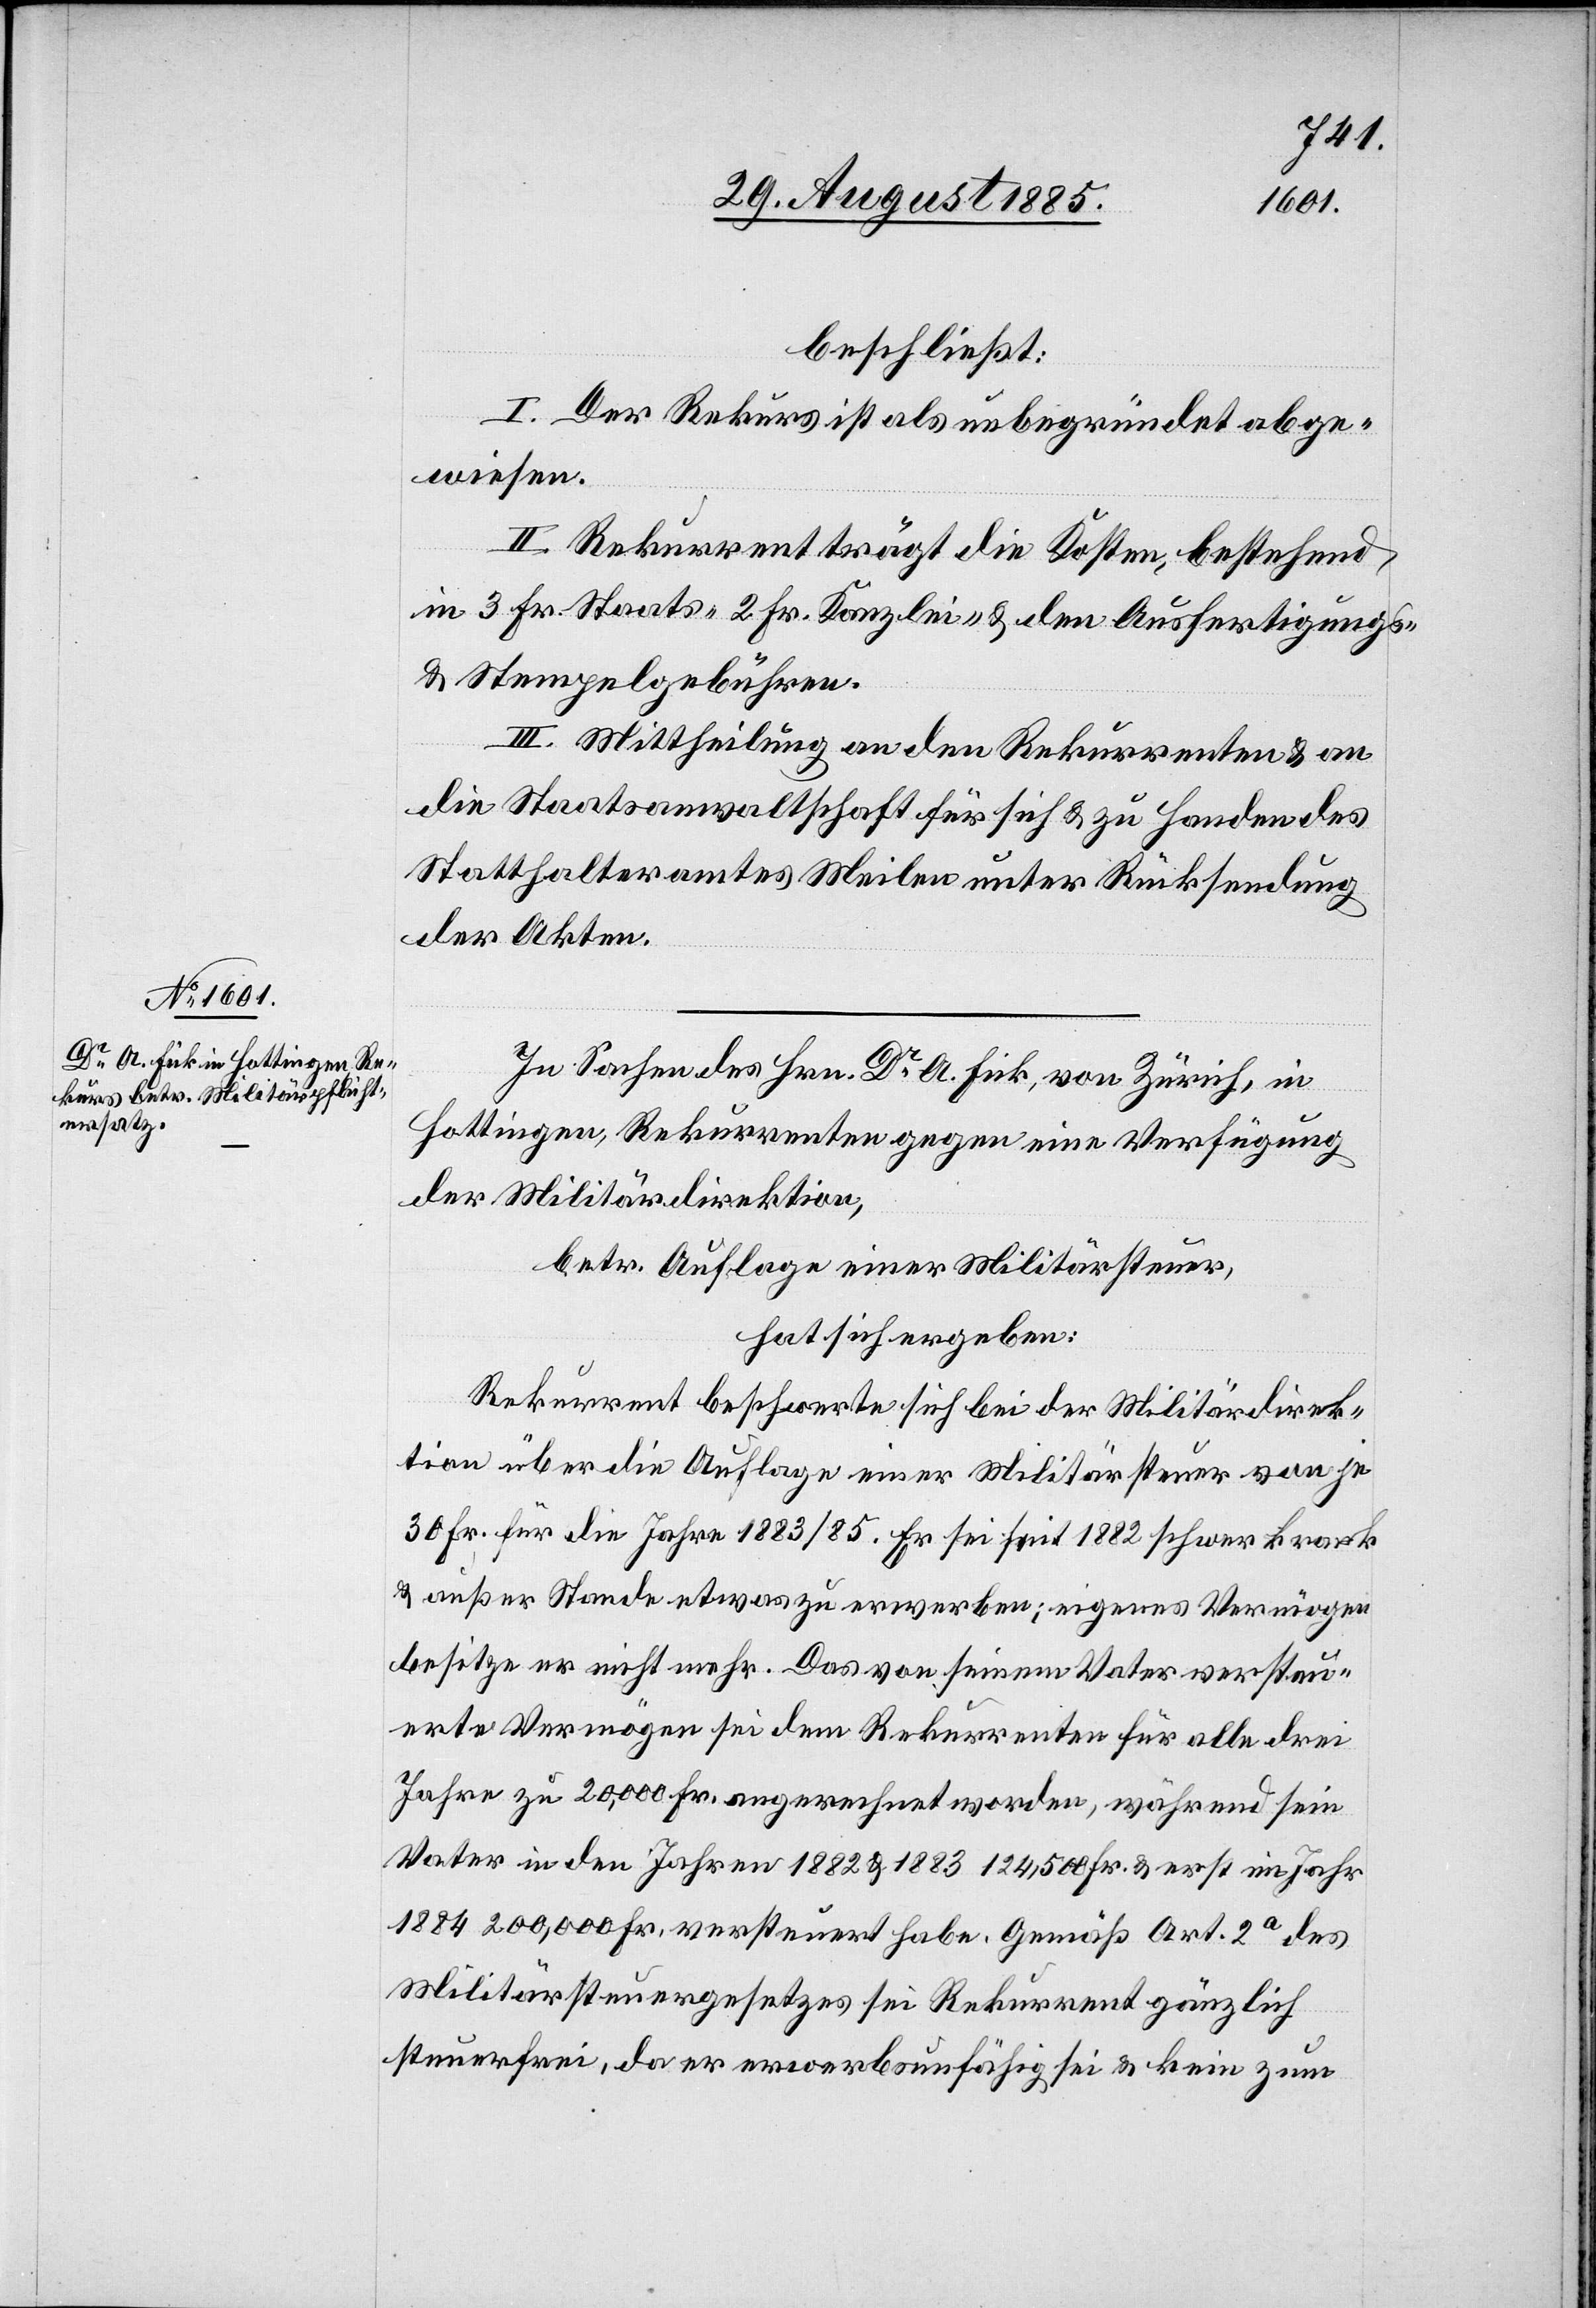
beschließt:
I. Der Rekurs ist als unbegründet abge¬
wiesen.
II. Rekurrent trägt die Kosten, bestehend
in 3 Fr. Staats-[,] 2 Fr. Kanzlei- & den Ausfertigungs-
& Stempelgebühren.
III. Mittheilung an den Rekurrenten & an
die Staatsanwaltschaft für sich & zu Handen des
Statthalteramtes Meilen unter Rücksendung
der Akten.
In Sachen des Hrn. Dr A. Fick, von Zürich, in
Hottingen, Rekurrenten gegen eine Verfügung
der Militärdirektion,
betr. Auflage einer Militärsteuer,
hat sich ergeben:
Rekurrent beschwerte sich bei der Militärdirek¬
tion über die Auflage einer Militärsteuer von je
30 Fr. für die Jahre 1883/85. Er sei seit 1882 schwer krank
& außer Stande etwas zu erwerben; eigenes Vermögen
besitze er nicht mehr. Das von seinem Vater versteu¬
erte Vermögen sei dem Rekurrenten für alle drei
Jahre zu 20,000 Fr. angerechnet worden, während sein
Vater in den Jahren 1882 & 1883 124,500 Fr. & erst im Jahr
1884 200,000 Fr. versteuert habe. Gemäß Art. 2a des
Militärsteuergesetzes sei Rekurrent gänzlich
steuerfrei, da er erwerbsunfähig sei & kein zum